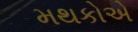
મથકોએ